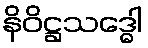
နိဝိဋ္ဌသဒ္ဓေါ